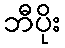
ဘီပိုး